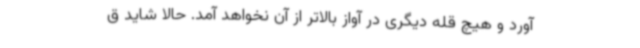
آورد و هیچ قله دیگری در آواز بالاتر از آن نخواهد آمد. حالا شاید ق